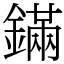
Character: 鏋